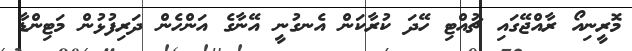
މޮރީނިއޯ ރާއްޖޭގައި ޗުއްޓި ހޭދަ ކުރާކަން އެނގުނީ އޭނާގެ އަންހެން ދަރިފުޅުން މަޓިންޑާ